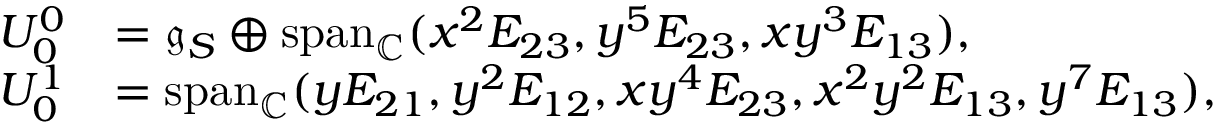
\begin{array} { r l } { U _ { 0 } ^ { 0 } } & { = \mathfrak { g } _ { S } \oplus \mathrm { s p a n } _ { \mathbb { C } } ( x ^ { 2 } E _ { 2 3 } , y ^ { 5 } E _ { 2 3 } , x y ^ { 3 } E _ { 1 3 } ) , } \\ { U _ { 0 } ^ { 1 } } & { = \mathrm { s p a n } _ { \mathbb { C } } ( y E _ { 2 1 } , y ^ { 2 } E _ { 1 2 } , x y ^ { 4 } E _ { 2 3 } , x ^ { 2 } y ^ { 2 } E _ { 1 3 } , y ^ { 7 } E _ { 1 3 } ) , } \end{array}